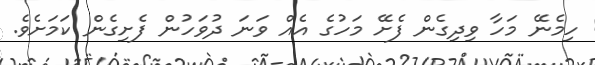
ހިމެނޭ މަހާ ވިދިގެން ފެށޭ މަހުގެ އެއް ވަނަ ދުވަހުން ފެށިގެން ކަމަށެވެ.